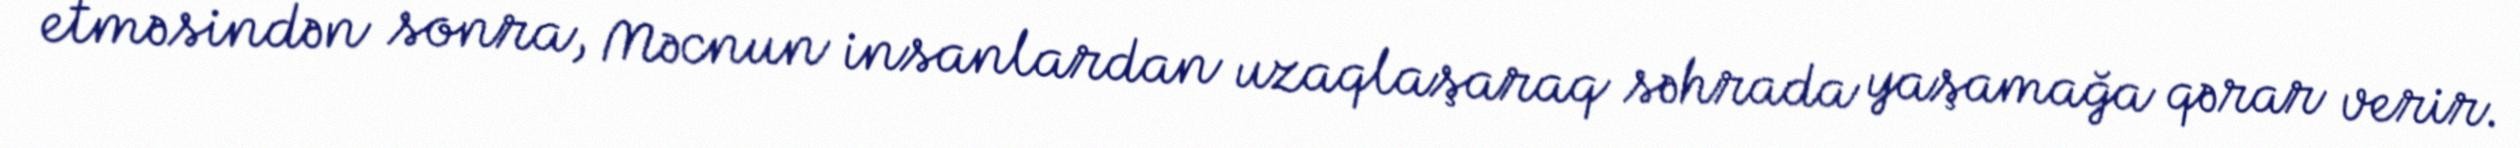
etməsindən sonra, Məcnun insanlardan uzaqlaşaraq səhrada yaşamağa qərar verir.